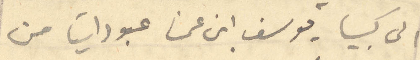
الى كبيا يوسف ابن عمي عبود اتيا من